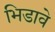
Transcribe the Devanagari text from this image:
भिडावे